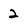
Character: 2